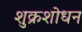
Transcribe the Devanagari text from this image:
शुक्रशोधन